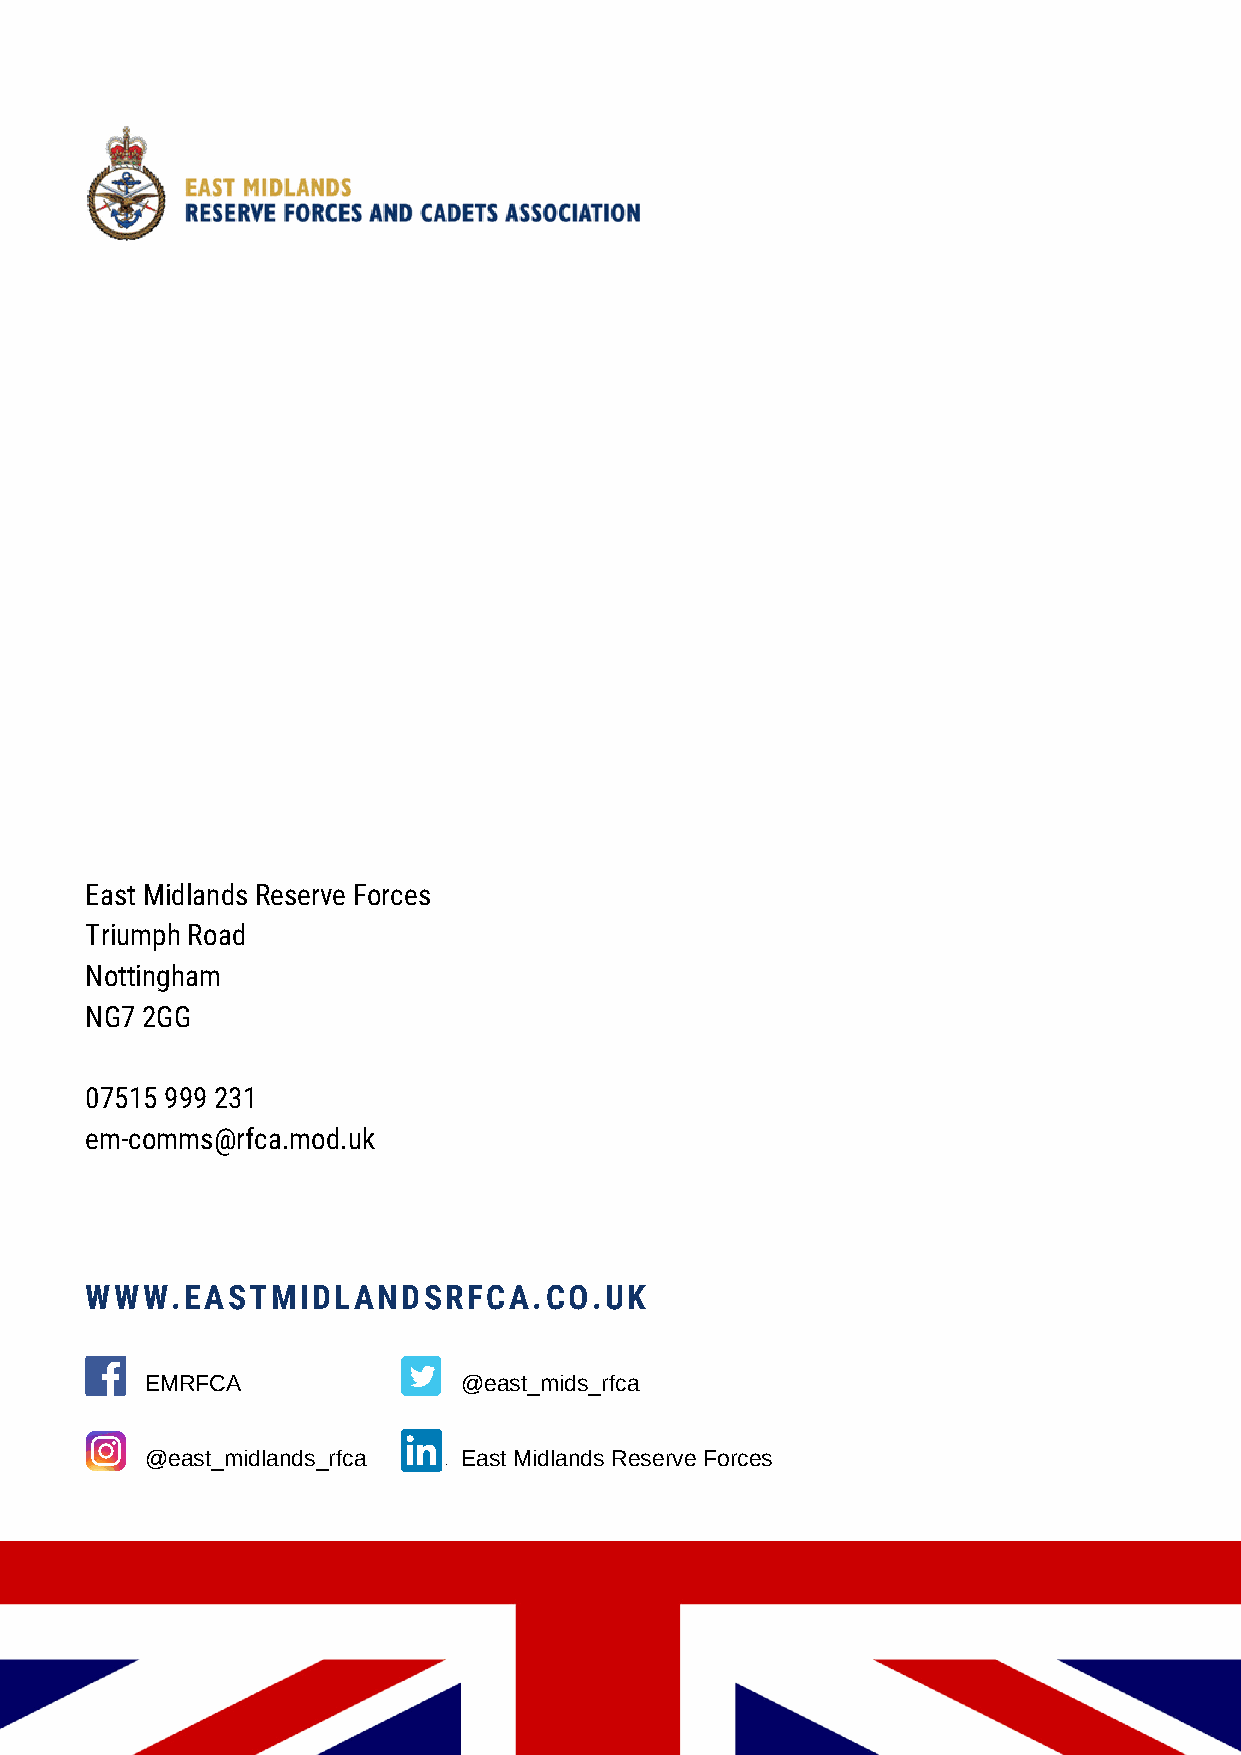
East Midlands Reserve Forces
 Triumph Road
 Nottingham
 NG7 2GG
 07515 999 231
 em-comms@rfca.mod.uk
 WWW.EASTMIDLANDSRFCA.CO.UK
 EMRFCA              @east_mids_rfca
 @east_midlands_rfca East Midlands Reserve Forces